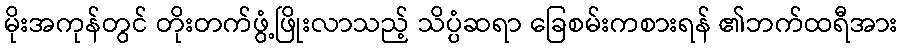
မိုးအကုန်တွင် တိုးတက်ဖွံ့ဖြိုးလာသည့် သိပ္ပံဆရာ ခြေစမ်းကစားရန် ၏ဘက်ထရီအား